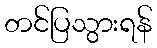
တင်ပြသွားရန်